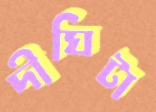
দীঘিটা